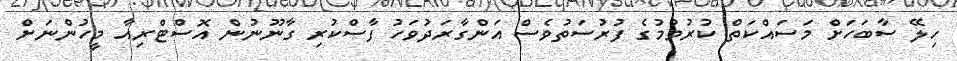
ހިލޭ ސާބަހަށް މަސަައްކަތް ކުރުވުމުގެ ފުރުސަތުވެސް އަންގާރަދުވަހު ފާސްކުރި ގާނޫނުން އޮސްޓްރިއާ މީހުންނަށް